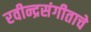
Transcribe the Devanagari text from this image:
रवीन्द्रसंगीताचे